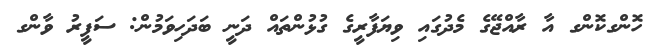
ހޮންގކޮންގ އާ ރާއްޖޭގެ މެދުގައި ވިޔަފާރީގެ ގުޅުންތައް ދަނީ ބަދަހިވަމުން: ސަފީރު ވާންގ